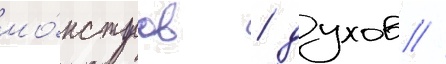
мо́нстров / духов /